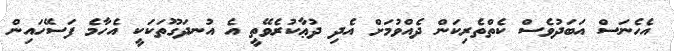
އެހެނަސް އަބަދުވެސް ކެތްތެރިކަން ދެއްވުމަށް އެދި ދުޢާކުރެވޭތީ އެ އުނދަގޫތަކަކީ އެހާމެ ފަސޭހައިން